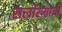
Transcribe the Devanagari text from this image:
सलोख्याची